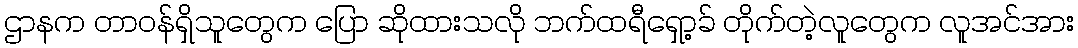
ဌာနက တာဝန်ရှိသူတွေက ပြော ဆိုထားသလို ဘက်ထရီရှော့ခ် တိုက်တဲ့လူတွေက လူအင်အား